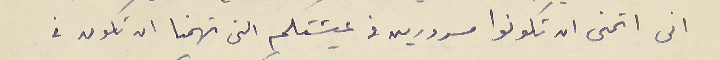
انى اتمنى ان تكونوا مسرورين في عيشتكم التى تهمنا ان تكون فى